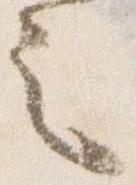
之